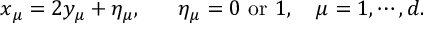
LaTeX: x _ { \mu } = 2 y _ { \mu } + \eta _ { \mu } , ~ ~ ~ ~ ~ \eta _ { \mu } = 0 ~ \mathrm { o r } ~ 1 , ~ ~ ~ \mu = 1 , \cdots , d . \nonumber